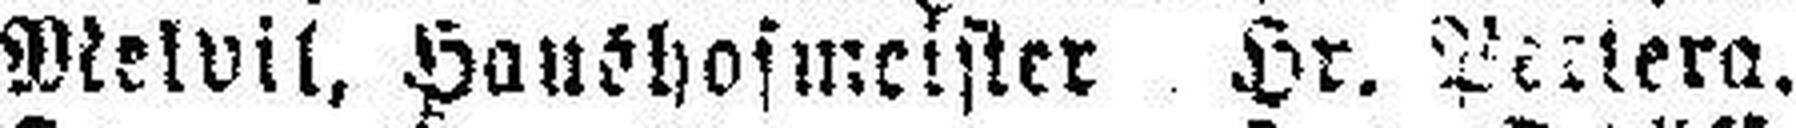
Melvil, Haushofmeister Hr. Pertera.